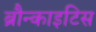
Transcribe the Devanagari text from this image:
ब्रौन्काइटिस